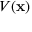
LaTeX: V ( \mathbf { x } )